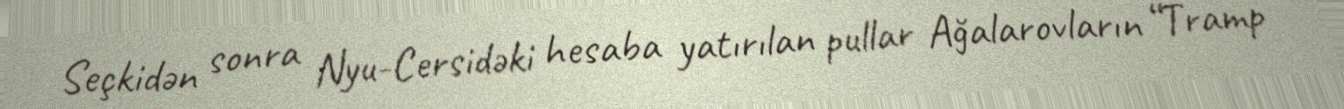
Seçkidən sonra Nyu-Cersidəki hesaba yatırılan pullar Ağalarovların “Tramp